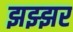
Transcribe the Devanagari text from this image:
झझ्झर